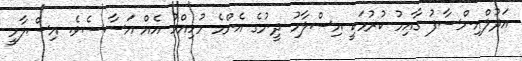
އަދުލްއިންސާފު ގާއިމު ކުރުމަކީ އިސްލާމު ދީނުގެ އެންމެ މުހިއްމު އެއް އަސާސެވެ. އިސްލާމީ